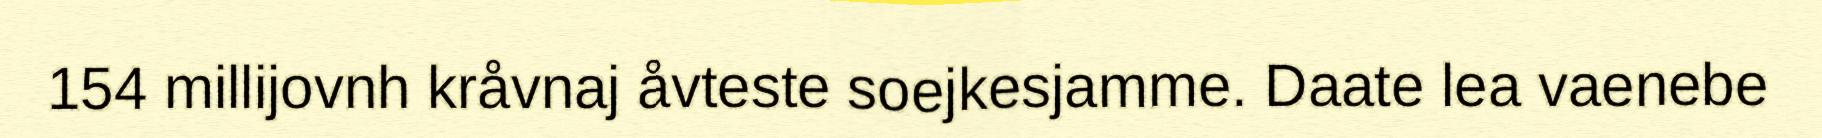
154 millijovnh kråvnaj åvteste soejkesjamme. Daate lea vaenebe